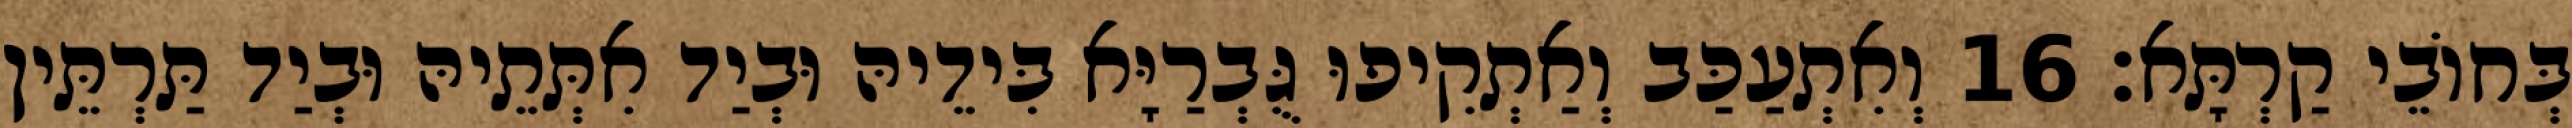
בְּחוֹבֵי קַרְתָּא׃ 16 וְאִתְעַכַּב וְאַתְקִיפוּ גֻּבְרַיָּא בִּידֵיהּ וּבְיַד אִתְּתֵיהּ וּבְיַד תַּרְתֵּין